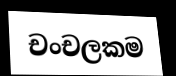
චංචලකම